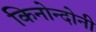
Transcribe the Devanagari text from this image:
किनोन्दोनी